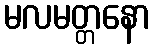
မလမတ္တနော